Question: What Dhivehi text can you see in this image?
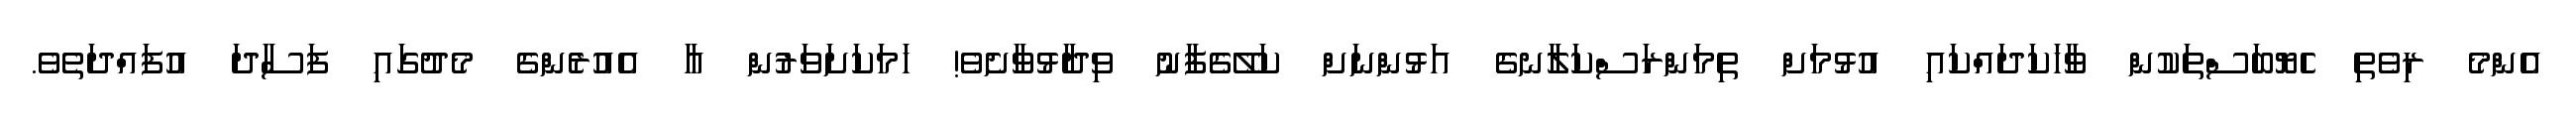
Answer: އެންމެ ރިވެތި ހެޔޮބަސްތަކުން ވާހަކަދައްކައި އުޅުމަށް ތިމަންރަސްކަލާނގެ އަޅުންނަށް ކަލޭގެފާނު ވިދާޅުވާށެވެ! ހަމަކަށަވަރުން އާ އެއުރެންގެ މެދުގައި ފަސާދަ އުފައްދަތެވެ.